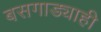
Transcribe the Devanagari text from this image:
बसगाड्याही